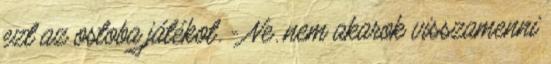
ezt az ostoba játékot. - Ne. nem akarok visszamenni